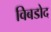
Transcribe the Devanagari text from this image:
विबडोद